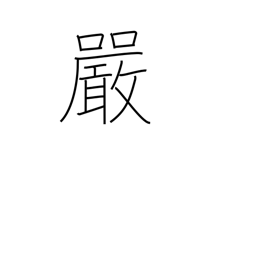
Meaning: strictness